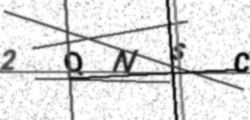
Text: 2QNSC